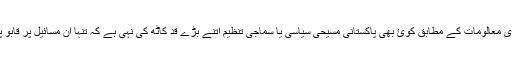
اور میری معالومات کے مطابق کوئ بھی پاکستانی مسیحی سیاسی یا سماجی تنظیم اتنے بڑے قد کاٹھ کی نہی ہے کہ تنہا ان مسائیل پر قابو پا سکے۔